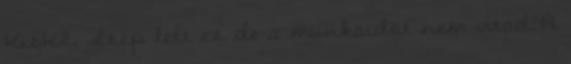
KisKZ, Szép lett ez de a munkaidöt nem irtad?A